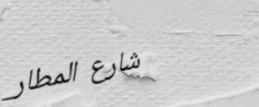
شارع المطار